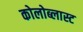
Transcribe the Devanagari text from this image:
कोलोब्लास्ट